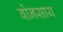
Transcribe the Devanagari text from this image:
बोनसाय